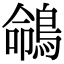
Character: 𪂤